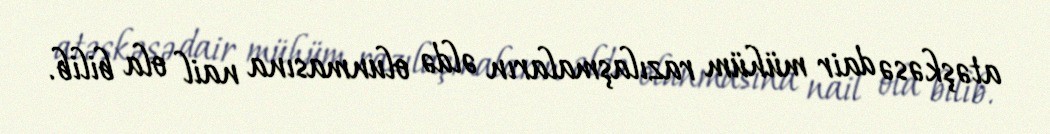
atəşkəsə dair mühüm razılaşmaların əldə olunmasına nail ola bilib.